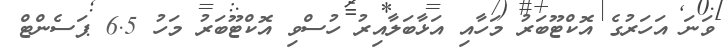
ވަނަ އަހަރުގެ އޮކްޓޫބަރު މަހާއި އަޅާބަލާއިރު ހުސްވި އޮކްޓޫބަރު މަހު 6.5 ޕަސެންޓް